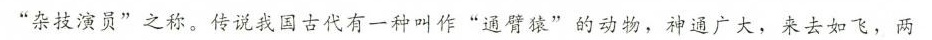
”杂技演员”之称。传说我国古代有一种叫作”通臂猿”的动物，神通广大，来去如飞，两